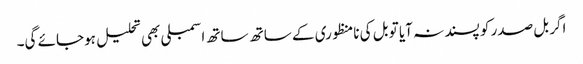
اگر بل صدر کو پسند نہ آیا تو بل کی نامنظوری کے ساتھ ساتھ اسمبلی بھی تحلیل ہوجائے گی۔